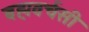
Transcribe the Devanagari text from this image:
बह्मवर्चसी